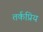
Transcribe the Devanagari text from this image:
तर्कप्रिय